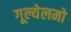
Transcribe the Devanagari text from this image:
गूल्येलमो